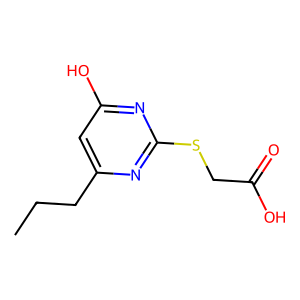
SMILES: CCCc1cc(O)nc(SCC(=O)O)n1
Inhibits HIV replication: No